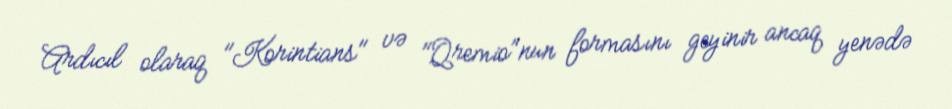
Ardıcıl olaraq "Korintians" və "Qremio"nun formasını geyinir ancaq yenədə